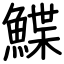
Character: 鰈